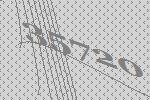
35720